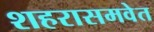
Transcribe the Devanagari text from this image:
शहरासमवेत